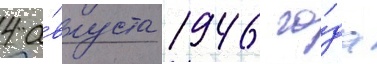
4 а́вгуста 1946 го́да